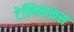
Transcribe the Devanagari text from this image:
टेलिमाकस